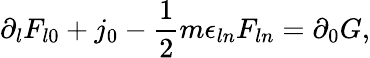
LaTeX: \partial_{l}F_{l0}+j_{0}-\frac{1}{2}m\epsilon_{ln}F_{ln}=\partial_{0}G,